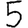
Digit: 5